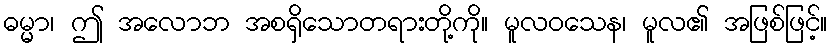
ဓမ္မာ၊ ဤ အလောဘ အစရှိသောတရားတို့ကို။ မူလဝသေန၊ မူလ၏ အဖြစ်ဖြင့်။